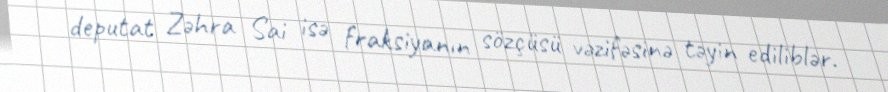
deputat Zəhra Sai isə fraksiyanın sözçüsü vəzifəsinə təyin ediliblər.